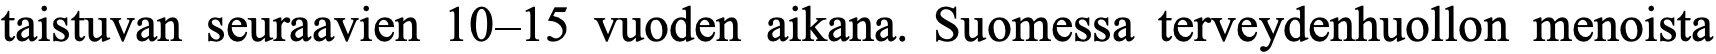
taistuvan seuraavien 10–15 vuoden aikana. Suomessa terveydenhuollon menoista